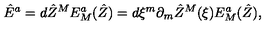
\hat { E } ^ { { a } } = d \hat { Z } ^ { { M } } E _ { { M } } ^ { { a } } ( \hat { Z } ) = d \xi ^ { m } \partial _ { m } \hat { Z } ^ { { M } } ( \xi ) E _ { { M } } ^ { { a } } ( \hat { Z } ) ,